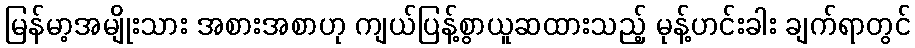
မြန်မာ့အမျိုးသား အစားအစာဟု ကျယ်ပြန့်စွာယူဆထားသည့် မုန့်ဟင်းခါး ချက်ရာတွင်